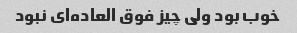
خوب بود ولی چیز فوق العاده‌ای نبود